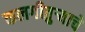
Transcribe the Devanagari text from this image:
कलगीतुर्‍याचे